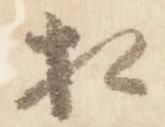
相